Problem: 34 + 26 = ?
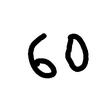
Handwritten answer: 60